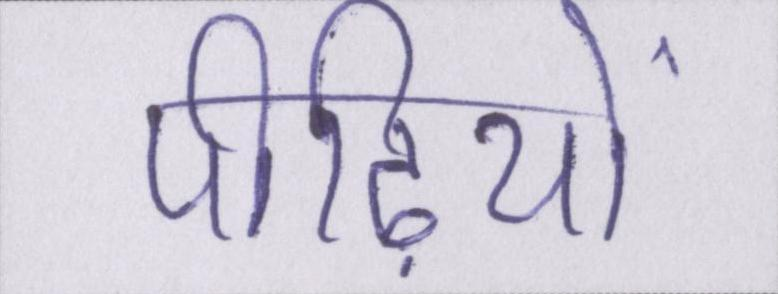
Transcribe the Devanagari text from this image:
पीढ़ियों